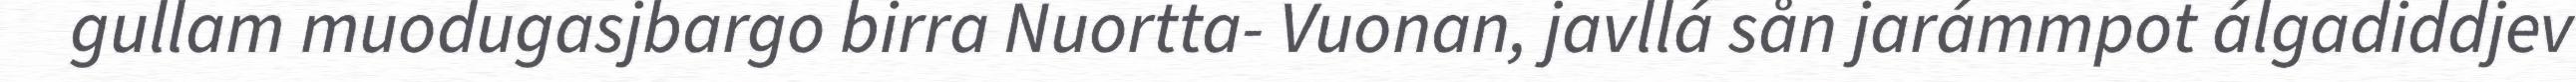
gullam muodugasjbargo birra Nuortta- Vuonan, javllá sån jarámmpot álgadiddjev